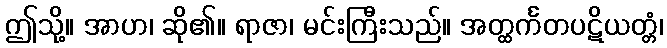
ဤသို့။ အာဟ၊ ဆို၏။ ရာဇာ၊ မင်းကြီးသည်။ အတ္ထင်္ကတပဋိယတ္တံ၊